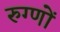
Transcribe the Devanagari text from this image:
रुग्णों